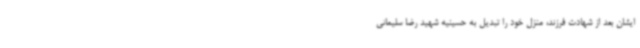
ایشان بعد از شهادت فرزند، منزل خود را تبدیل به حسینیه شهید رضا سلیمانی